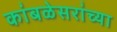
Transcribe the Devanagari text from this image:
कांबळेसरांच्या